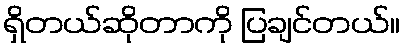
ရှိတယ်ဆိုတာကို ပြချင်တယ်။